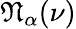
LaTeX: {\mathfrak{N}}_{\alpha}(\nu)